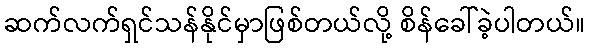
ဆက်လက်ရှင်သန်နိုင်မှာဖြစ်တယ်လို့ စိန်ခေါ်ခဲ့ပါတယ်။